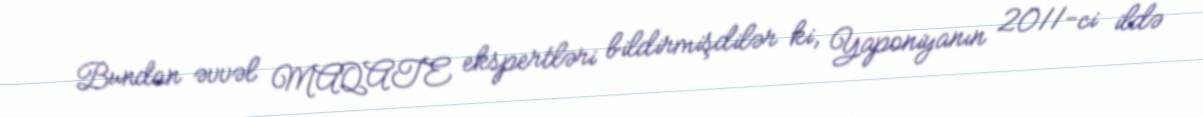
Bundan əvvəl MAQATE ekspertləri bildirmişdilər ki, Yaponiyanın 2011-ci ildə